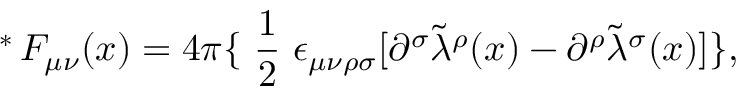
\mathrm { \mathrm { } ~ ^ { * } \! ~ } F _ { \mu \nu } ( x ) = 4 \pi \{ \mathrm { \small ~ \frac { 1 } { 2 } ~ } \epsilon _ { \mu \nu \rho \sigma } [ \partial ^ { \sigma } { \tilde { \lambda } } ^ { \rho } ( x ) - \partial ^ { \rho } { \tilde { \lambda } } ^ { \sigma } ( x ) ] \} ,